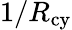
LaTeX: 1/R_{\mathrm{cy}}